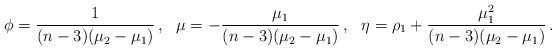
LaTeX: \begin{align*}\phi=\frac{1}{(n-3)(\mu_2-\mu_1)}\,,\ \ \mu=-\frac{\mu_1}{(n-3)(\mu_2-\mu_1)}\,,\ \ \eta=\rho_1+\frac{\mu_1^2}{(n-3)(\mu_2-\mu_1)}\,.\end{align*}